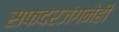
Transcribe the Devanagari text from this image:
सफदरजंगनेही